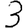
Digit: 3